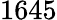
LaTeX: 1645